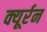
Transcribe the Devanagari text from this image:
क्यूर्रन